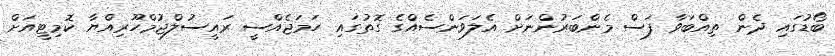
ބޯޑުގައި ދެން ތިއްބަވާ ފަސް މެންބަރުންނަށް އެލަވަންސެއްގެ ގޮތުގައި ހަމަޖެއްސީ ރައީސުލްޖުމްހޫރިއްޔާ ކޮމިޓީއަށް